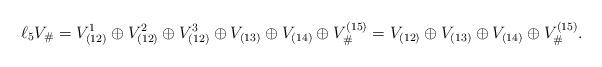
LaTeX: \begin{align*}\ell_5V_\# & =V_{(12)}^1\oplus V_{(12)}^2\oplus V_{(12)}^3\oplus V_{(13)}\oplus V_{(14)}\oplus V_\#^{(15)} =V_{(12)}\oplus V_{(13)}\oplus V_{(14)}\oplus V_\#^{(15)}.\end{align*}